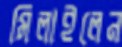
মিলাইলেন